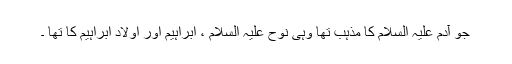
جو آدم علیہ السلام کا مذہب تھا وہی نوح علیہ السلام ، ابراہیم اور اولادِ ابراہیم کا تھا ۔